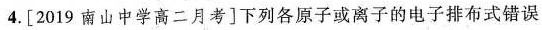
4.[2019南山中学高二月考]下列各原子或离子的电子排布式错误